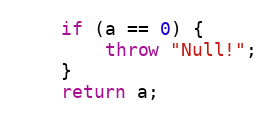
Language: C++
    if (a == 0) {
        throw "Null!";
    }
    return a;